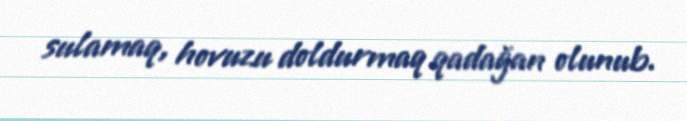
sulamaq, hovuzu doldurmaq qadağan olunub.